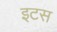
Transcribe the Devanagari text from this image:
इटस